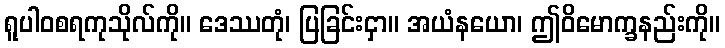
ရူပါဝစရကုသိုလ်ကို။ ဒေဿတုံ၊ ပြခြင်းငှာ။ အယံနယော၊ ဤဝိမောက္ခနည်းကို။